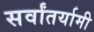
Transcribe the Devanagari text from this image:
सर्वांतर्यामी